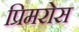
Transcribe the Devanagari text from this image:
प्रिमरोस